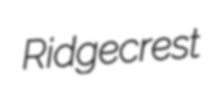
Ridgecrest